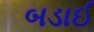
બડાઈ